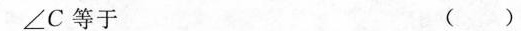
∠C等于 （）